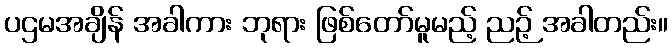
ပဌမအချိန် အခါကား ဘုရား ဖြစ်တော်မူမည့် ညဉ့် အခါတည်း။